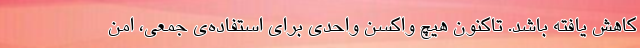
کاهش ‌یافته باشد. تاکنون هیچ واکسن واحدی برای استفاده‌ی جمعی، امن